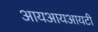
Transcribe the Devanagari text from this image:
आयआयआयटी